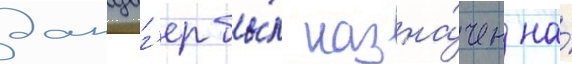
данциг'ер бы́л назна́чен на́